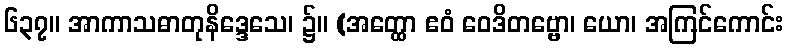
၆၃၇။ အာကာသဓာတုနိဒ္ဒေသေ၊ ၌။ (အတ္ထော ဧဝံ ဝေဒိတဗ္ဗော၊ ယော၊ အကြင်ကောင်း